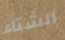
الشتاء